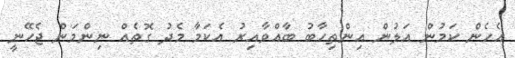
އެހެން ކަމުން އަލުން އިންތިހާބު ބާއްވާއިރު އެކަމާ މެދު ގޮތެއް ނިންމަން ޖެހޭނީ